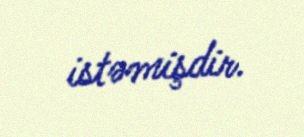
istəmişdir.